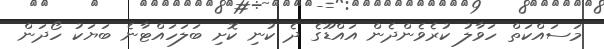
މަސައްކަތް ހަވާލު ކުރެވެންދެން އައްޑޫގެ ދެ ކުނި ކޮށި ބަލަހައްޓާނެ ބަޔަކު ހޯދަން